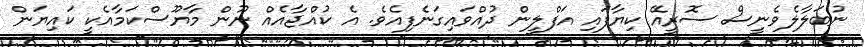
ނުބަލާލެވެނީސް ސޮރީއޭ ކިޔާފައި އަފްލީން ދުއްވައިގަނެފިއެވެ. އެ ކުއްޖާއެއް ނޫން މާޔޫސްކަމާއެކީ ކައިޔަން